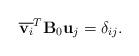
LaTeX: \begin{align*}\overline{{\bf v}_i}^T {\bf B}_0 {\bf u} _j = \delta_{ij}.\end{align*}